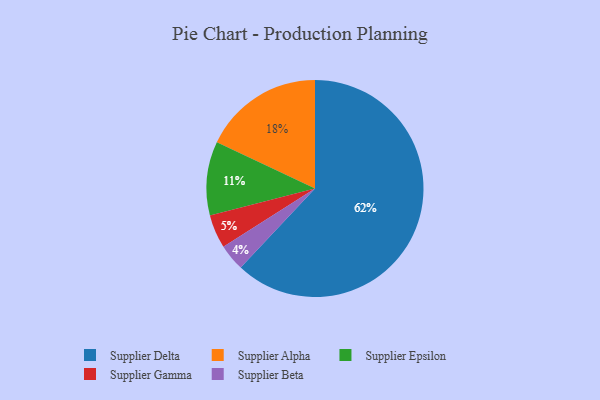
{"axis": {"x": "Category", "y": "Percentage"}, "legend": ["Supplier Alpha", "Supplier Beta", "Supplier Delta", "Supplier Epsilon", "Supplier Gamma"], "data": [{"x": "Supplier Gamma", "y": 5, "type": "Supplier Gamma"}, {"x": "Supplier Epsilon", "y": 11, "type": "Supplier Epsilon"}, {"x": "Supplier Alpha", "y": 18, "type": "Supplier Alpha"}, {"x": "Supplier Delta", "y": 62, "type": "Supplier Delta"}, {"x": "Supplier Beta", "y": 4, "type": "Supplier Beta"}]}